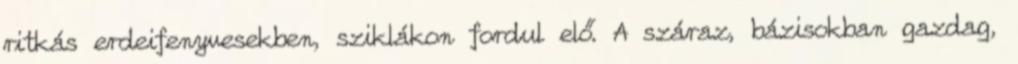
ritkás erdeifenyvesekben, sziklákon fordul elő. A száraz, bázisokban gazdag,